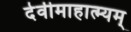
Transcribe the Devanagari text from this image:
देवीमाहात्म्यम्